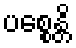
ပစ္စေန္တိ